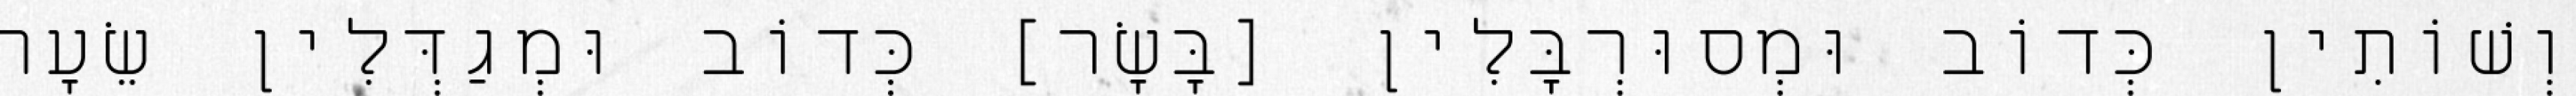
וְשׁוֹתִין כְּדוֹב וּמְסוּרְבָּלִין [בָּשָׂר] כְּדוֹב וּמְגַדְּלִין שֵׂעָר